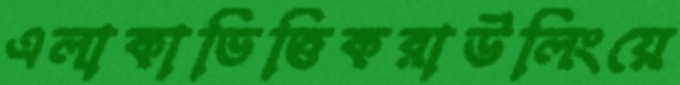
এলাকাভিত্তিকরাউলিংয়ে